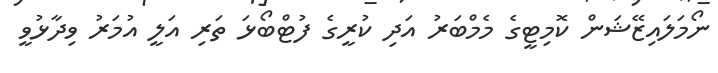
ނޯމަލައިޒޭޝަން ކޮމިޓީގެ މެމްބަރު އަދި ކުރީގެ ފުޓްބޯޅަ ތަރި އަލީ އުމަރު ވިދާޅުވީ